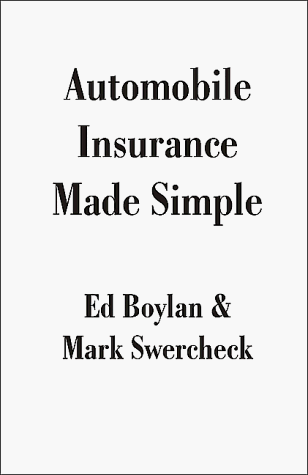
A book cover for Automobile Insurance Made Simple; Ed Boylan; Engineering & Transportation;